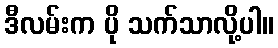
ဒီလမ်းက ပို သက်သာလို့ပါ။